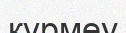
күрмеу